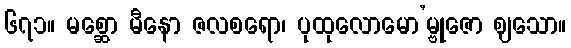
၆၇၁။ မစ္ဆော မီနော ဇလစရော၊ ပုထုလောမော’မ္ဗုဇော ဈသော။